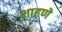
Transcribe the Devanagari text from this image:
शाहणे